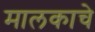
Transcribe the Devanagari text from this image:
मालकाचे